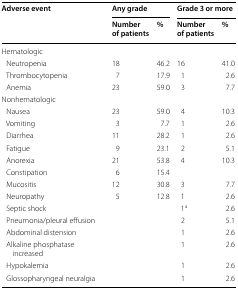
<table><thead><tr><td rowspan="2"><b>Adverse event</b></td><td colspan="2"><b>Any grade</b></td><td colspan="2"><b>Grade 3 or more</b></td></tr><tr><td><b>Number of patients</b></td><td><b>%</b></td><td><b>Number of patients</b></td><td><b>%</b></td></tr></thead><tbody><tr><td colspan="5">Hematologic</td></tr><tr><td> Neutropenia</td><td>18</td><td>46.2</td><td>16</td><td>41.0</td></tr><tr><td> Thrombocytopenia</td><td>7</td><td>17.9</td><td>1</td><td>2.6</td></tr><tr><td> Anemia</td><td>23</td><td>59.0</td><td>3</td><td>7.7</td></tr><tr><td colspan="5">Nonhematologic</td></tr><tr><td> Nausea</td><td>23</td><td>59.0</td><td>4</td><td>10.3</td></tr><tr><td> Vomiting</td><td>3</td><td>7.7</td><td>1</td><td>2.6</td></tr><tr><td> Diarrhea</td><td>11</td><td>28.2</td><td>1</td><td>2.6</td></tr><tr><td> Fatigue</td><td>9</td><td>23.1</td><td>2</td><td>5.1</td></tr><tr><td> Anorexia</td><td>21</td><td>53.8</td><td>4</td><td>10.3</td></tr><tr><td> Constipation</td><td>6</td><td>15.4</td><td></td><td></td></tr><tr><td> Mucositis</td><td>12</td><td>30.8</td><td>3</td><td>7.7</td></tr><tr><td> Neuropathy</td><td>5</td><td>12.8</td><td>1</td><td>2.6</td></tr><tr><td> Septic shock</td><td></td><td></td><td>1<sup>a</sup></td><td>2.6</td></tr><tr><td> Pneumonia/pleural effusion</td><td></td><td></td><td>2</td><td>5.1</td></tr><tr><td> Abdominal distension</td><td></td><td></td><td>1</td><td>2.6</td></tr><tr><td> Alkaline phosphatase increased</td><td></td><td></td><td>1</td><td>2.6</td></tr><tr><td> Hypokalemia</td><td></td><td></td><td>1</td><td>2.6</td></tr><tr><td> Glossopharyngeal neuralgia</td><td></td><td></td><td>1</td><td>2.6</td></tr></tbody></table>